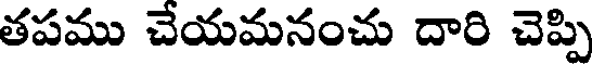
తపము చేయమనంచు దారి చెప్పి